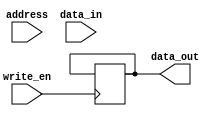
module flash_rom (
    input wire [31:0] address,
    input wire write_en,
    input wire [31:0] data_in,
    output reg [31:0] data_out
);

// Memory cells array
reg [31:0] memory [0:1023];

// Address decoder
always @ (posedge write_en)
begin
    if(write_en == 1)
        memory[address] <= data_in;
    else
        data_out <= memory[address];
end

endmodule